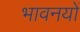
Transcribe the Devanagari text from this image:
भावनयों